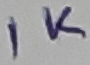
Text: 1K